Annual report on the lock hospitals of the Madras Presidency
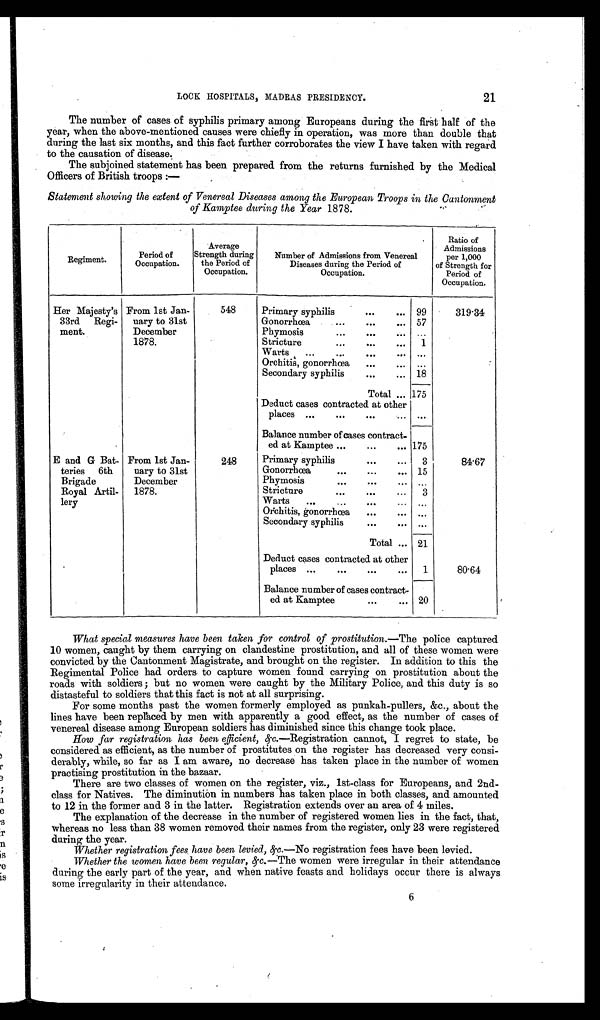
21
LOCK HOSPITALS, MADRAS PRESIDENCY.
The number of cases of syphilis primary among Europeans during the first half of the
year, when the above-mentioned causes were chiefly in operation, was more than double that
during the last six months, and this fact further corroborates the view I have taken with regard
to the causation of disease.
The subjoined statement has been prepared from the returns furnished by the Medical
Officers of British troops:—
Statement showing the extent of Venereal Diseases among the European Troops in the Cantonment
of Kamptee during the Year 1878.
Regiment.
Period of
Occupation.
Average
Strength during
the Period of
Occupation.
Number of Admissions from Venereal
Diseases during the Period of
Occupation.
Ratio of
Admissions
per 1,000
of Strength for
Period of
Occupation.
Her Majesty's
33rd Regi
meat.
From 1st Jan
nary to 31st
December
1878.
548
Primary syphilis
...
... 99
319·34
Gonorrhœa
...
...
... 57
Phymosis
...
...
...
Stricture
...
...
1
Warts...
...
...
... ...
Orchitis, gonorrhœa
...
. . .
. . .
Secondary syphilis
...
... 18
Total ... 175
Deduct cases contracted at other
pl aces ...
...
...
...
. . .
Balance number of cases contract
ed at Kamptee ...
...
... 175
E and G Bat
teries 6th
Brigade
Royal Artil
lery
From 1st Jan
uary to 31st
December
1878.
248
Primary syphilis
...
...
3
84·67
Gonorrhœa
...
...
... 15
Phymosis
...
...
... ...
Stricture
...
...
...
3
Warts
...
...
...
...
. . .
Orchitis, gonorrhœa
...
...
. . .
Secondary syphilis
...
...
. . .
Total ... 21
Deduct cases contracted at other
places ...
...
...
...
1
80·64
Balance number of cases contract
ed at Kamptee
... ... 20
What special measures have been taken for control of prostitution.— The police captured
10 women, caught by them carrying on clandestine prostitution, and all of these women were
convicted by the Cantonment Magistrate, and brought on the register. In addition to this the
Regimental Police had orders to capture women found carrying on prostitution about the
roads with soldiers; but no women were caught by the Military Police, and this duty is so
distasteful to soldiers that this fact is not at all surprising.
For some months past the women formerly employed as punkah-pullers, &c., about the
lines have been replaced by men with apparently a good effect, as the number of cases of
venereal disease among European soldiers has diminished since this change took place.
How far registration has been efficient, &c .—Registration cannot, I regret to state, be
considered as efficient, as the number of prostitutes on the register has decreased very consi-
derably, while, so far as I am aware, no decrease has taken place in the number of women
practising prostitution in the bazaar.
There are two classes of women on the register, viz., 1st-class for Europeans, and 2nd-
class for Natives. The diminution in numbers has taken place in both classes, and amounted
to 12 in the former and 3 in the latter. Registration extends over an area of 4 miles.
The explanation of the decrease in the number of registered women lies in the fact, that,
whereas no less than 38 women removed their names from the register, only 23 were registered
during the year.
Whether registration fees have been levied, &c.—No registration fees have been levied.
Whether the women have been regular, &c.—The women were irregular in their attendance
during the early part of the year, and when native feasts and holidays occur there is always
some irregularity in their attendance.
6
6